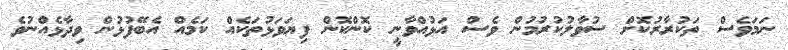
ނަމަވެސް ތަކުރާރުކޮށް ސުވާލުކުރުމުން ވެސް އަޅުއްވާނީ ކޮންކޮން ފިޔަވަޅުތަކެއް ކަމެއް އެބޭފުޅުން ވިދާޅެއްނުވެ